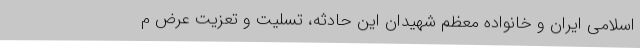
اسلامی ایران و خانواده معظم شهیدان این حادثه، تسلیت و تعزیت عرض م